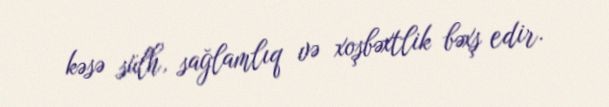
kəsə sülh, sağlamlıq və xoşbəxtlik bəxş edir.